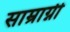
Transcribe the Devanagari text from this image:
साम्राग्नी